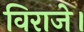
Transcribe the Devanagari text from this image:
विराजे।